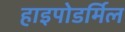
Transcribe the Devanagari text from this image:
हाइपोडर्मिल